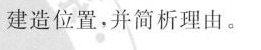
建造位置，并简析理由。